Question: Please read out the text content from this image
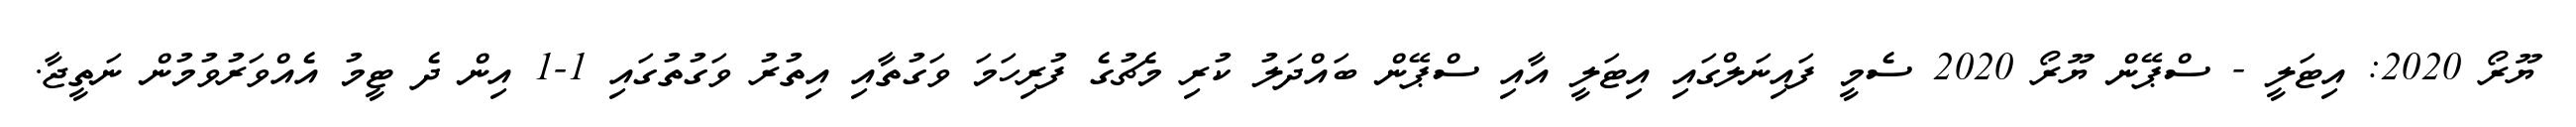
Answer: ޔޫރޯ 2020: އިޓަލީ - ސްޕޭން ޔޫރޯ 2020 ސެމީ ފައިނަލްގައި އިޓަލީ އާއި ސްޕޭން ބައްދަލު ކުރި މެޗުގެ ފުރިހަމަ ވަގުތާއި އިތުރު ވަގުތުގައި 1-1 އިން ދެ ޓީމު އެއްވަރުވުމުން ނަތީޖާ.